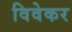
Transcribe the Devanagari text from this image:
विवेकर